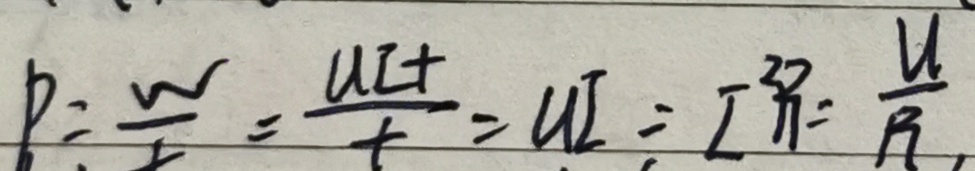
P = \frac { w } { t } = \frac { U I t } { t } = U I = I ^ { 2 } R = \frac { U } { R } ,